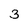
Character: 3